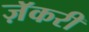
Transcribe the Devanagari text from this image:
ज़ॅकरी